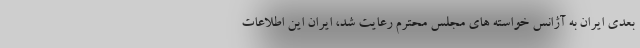
بعدی ایران به آژانس خواسته های مجلس محترم رعایت شد، ایران این اطلاعات